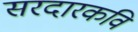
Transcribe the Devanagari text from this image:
सरदारकवि